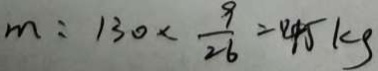
m : 1 3 0 \times \frac { 9 } { 2 6 } = 4 5 k g